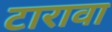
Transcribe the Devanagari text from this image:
टारावा